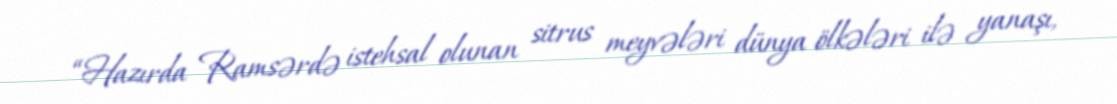
“Hazırda Ramsərdə istehsal olunan sitrus meyvələri dünya ölkələri ilə yanaşı,